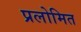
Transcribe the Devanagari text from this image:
प्रलोमित